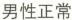
男性正常